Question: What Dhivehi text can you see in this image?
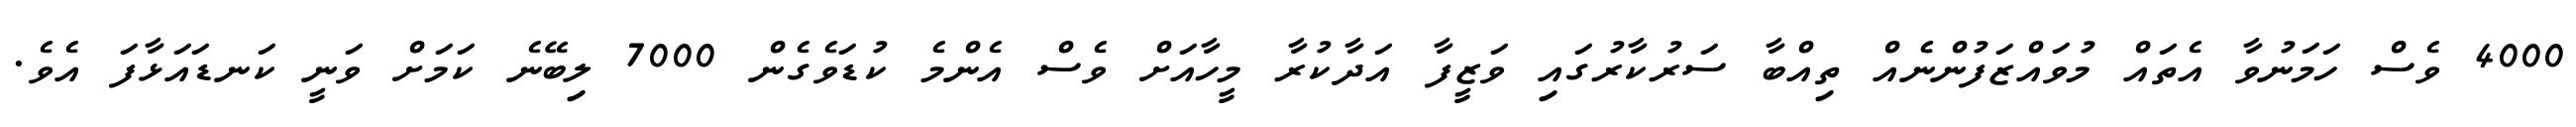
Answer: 4000 ވެސް ހަމަނުވާ އެތައް މުވައްޒަފުންނެެއް ތިއްބާ ސަރުކާރުގައި ވަޒީފާ އަދާކުރާ މީހާއަށް ވެސް އެންމެ ކުޑަވެގެން 7000 ލިބޭނެ ކަމަށް ވަނީ ކަނޑައަޅާފަ އެވެ.